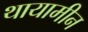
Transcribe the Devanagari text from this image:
थायामीन